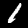
Label: 1